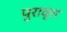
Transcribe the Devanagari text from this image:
पुरावृत